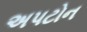
અપટોન